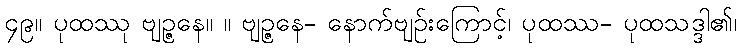
၄၉။ ပုထဿု ဗျဉ္ဇနေ။ ။ ဗျဉ္ဇနေ- နောက်ဗျဉ်းကြောင့်၊ ပုထဿ- ပုထသဒ္ဒါ၏၊